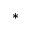
^ \ast